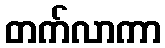
တက်လာကာ